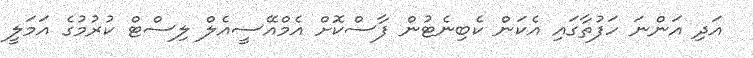
އަދި އަންނަ ހަފުތާގައި އެކަން ކެބިނެޓުން ފާސްކޮށް އެމްއޭސީއެލް ލިސްޓް ކުރުމުގެ އަމަލީ